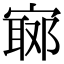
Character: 𡪅